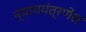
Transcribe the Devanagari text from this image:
न्याययंत्रणेस